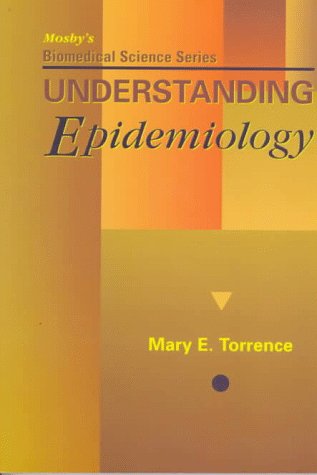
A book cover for Mosby's Biomedical Science Series: Understanding Epidemiology, 1e; Mary E. Torrence DVM  PhD; Medical Books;